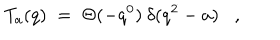
T _ { a } ( q ) \; = \; \Theta ( - q ^ { 0 } ) \: \delta ( q ^ { 2 } - a ) ,